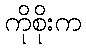
ကိုစိုးက